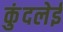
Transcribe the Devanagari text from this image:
कुंदलेई